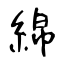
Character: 綿